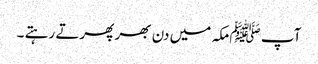
آپ ﷺمکہ میں دن بھر پھرتے رہتے ۔